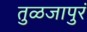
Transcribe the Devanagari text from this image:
तुळजापुरं